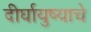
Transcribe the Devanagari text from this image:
दीर्घायुष्याचे